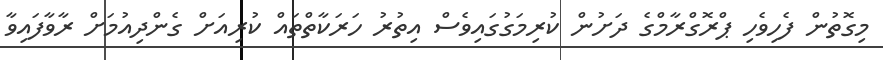
މިގޮތުން ފެހިވެހި ޕްރޮގްރާމްގެ ދަށުން ކުރިމަގުގައިވެސް އިތުރު ހަރަކާތްތައް ކުރިއަށް ގެންދިއުމަށް ރާވާފައިވާ